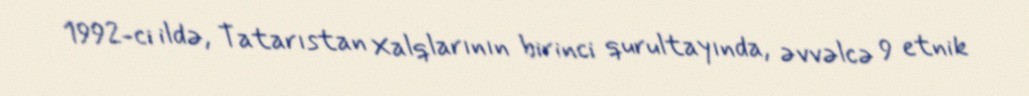
1992-ci ildə, Tatarıstan Xalqlarının birinci qurultayında, əvvəlcə 9 etnik